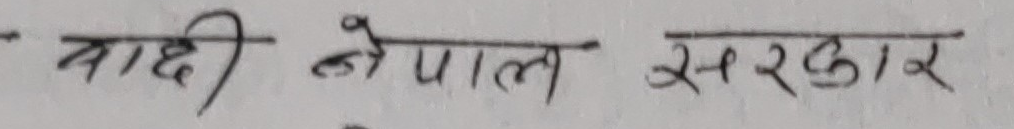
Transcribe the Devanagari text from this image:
बाग्मती नेपाल सरकार